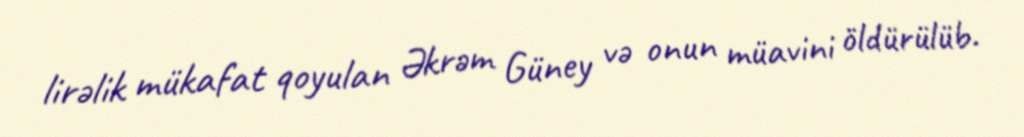
lirəlik mükafat qoyulan Əkrəm Güney və onun müavini öldürülüb.